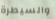
والسيطرة